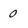
Character: 0